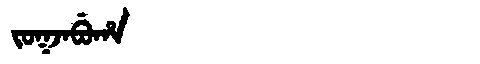
Manchu: ᠵᠣᡴᠵᠠᠪᡠᡥᠠ
Romanization: JOKJABUHA